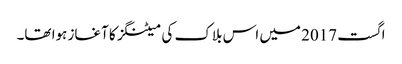
اگست 2017 میں اس بلاک کی میٹنگز کا آغاز ہوا تھا۔